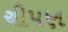
ચીપણ